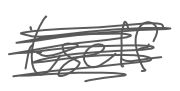
Text: itself
Cross-out: scratch
Writing tool: digital_gray